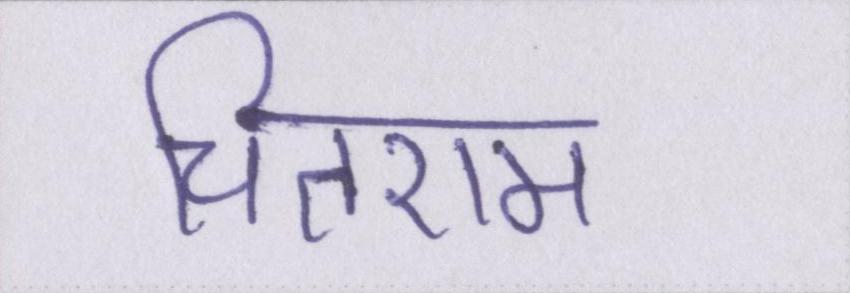
चितराम